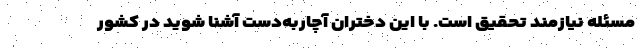
مسئله نیازمند تحقیق است. با این دختران آچاربه‌دست آشنا شوید در کشور